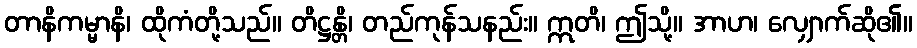
တာနိကမ္မာနိ၊ ထိုကံတို့သည်။ တိဋ္ဌန္တိ၊ တည်ကုန်သနည်း။ ဣတိ၊ ဤသို့။ အာဟ၊ လျှောက်ဆို၏။